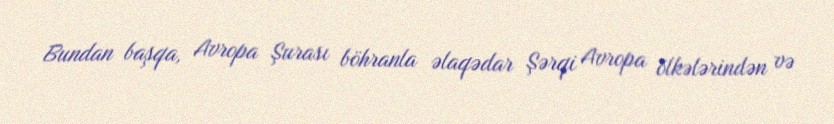
Bundan başqa, Avropa Şurası böhranla əlaqədar Şərqi Avropa ölkələrindən və